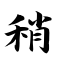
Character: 稍